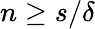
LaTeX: n\ge s/\delta